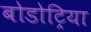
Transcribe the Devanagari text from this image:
बोडोट्रिया